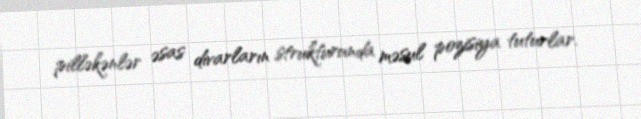
pilləkənlər əsas divarların strukturunda məsul pozisiya tuturlar.